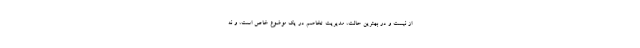
از نیست و در بهترین حالت، مدیریت تخاصم در یک‌ موضوع خاص است، و نه